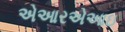
એઆરએઆઇ